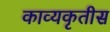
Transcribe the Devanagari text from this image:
काव्यकृतीस